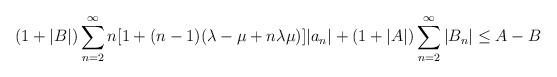
LaTeX: \begin{align*}(1+|B|) \displaystyle\sum^\infty_{n=2}n[1+(n-1)(\lambda-\mu+n\lambda\mu)] |a_n|+(1+|A|)\displaystyle\sum^\infty_{n=2}|B_n| \leq A-B\end{align*}